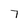
Character: 7